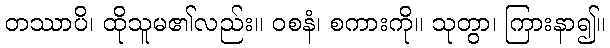
တဿာပိ၊ ထိုသူမ၏လည်း။ ဝစနံ၊ စကားကို။ သုတွာ၊ ကြားနာ၍။